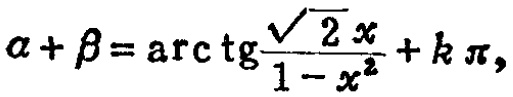
\(\alpha+\beta=\arctan\frac{\sqrt{2}x}{1 - x^{2}}+k\pi,\)